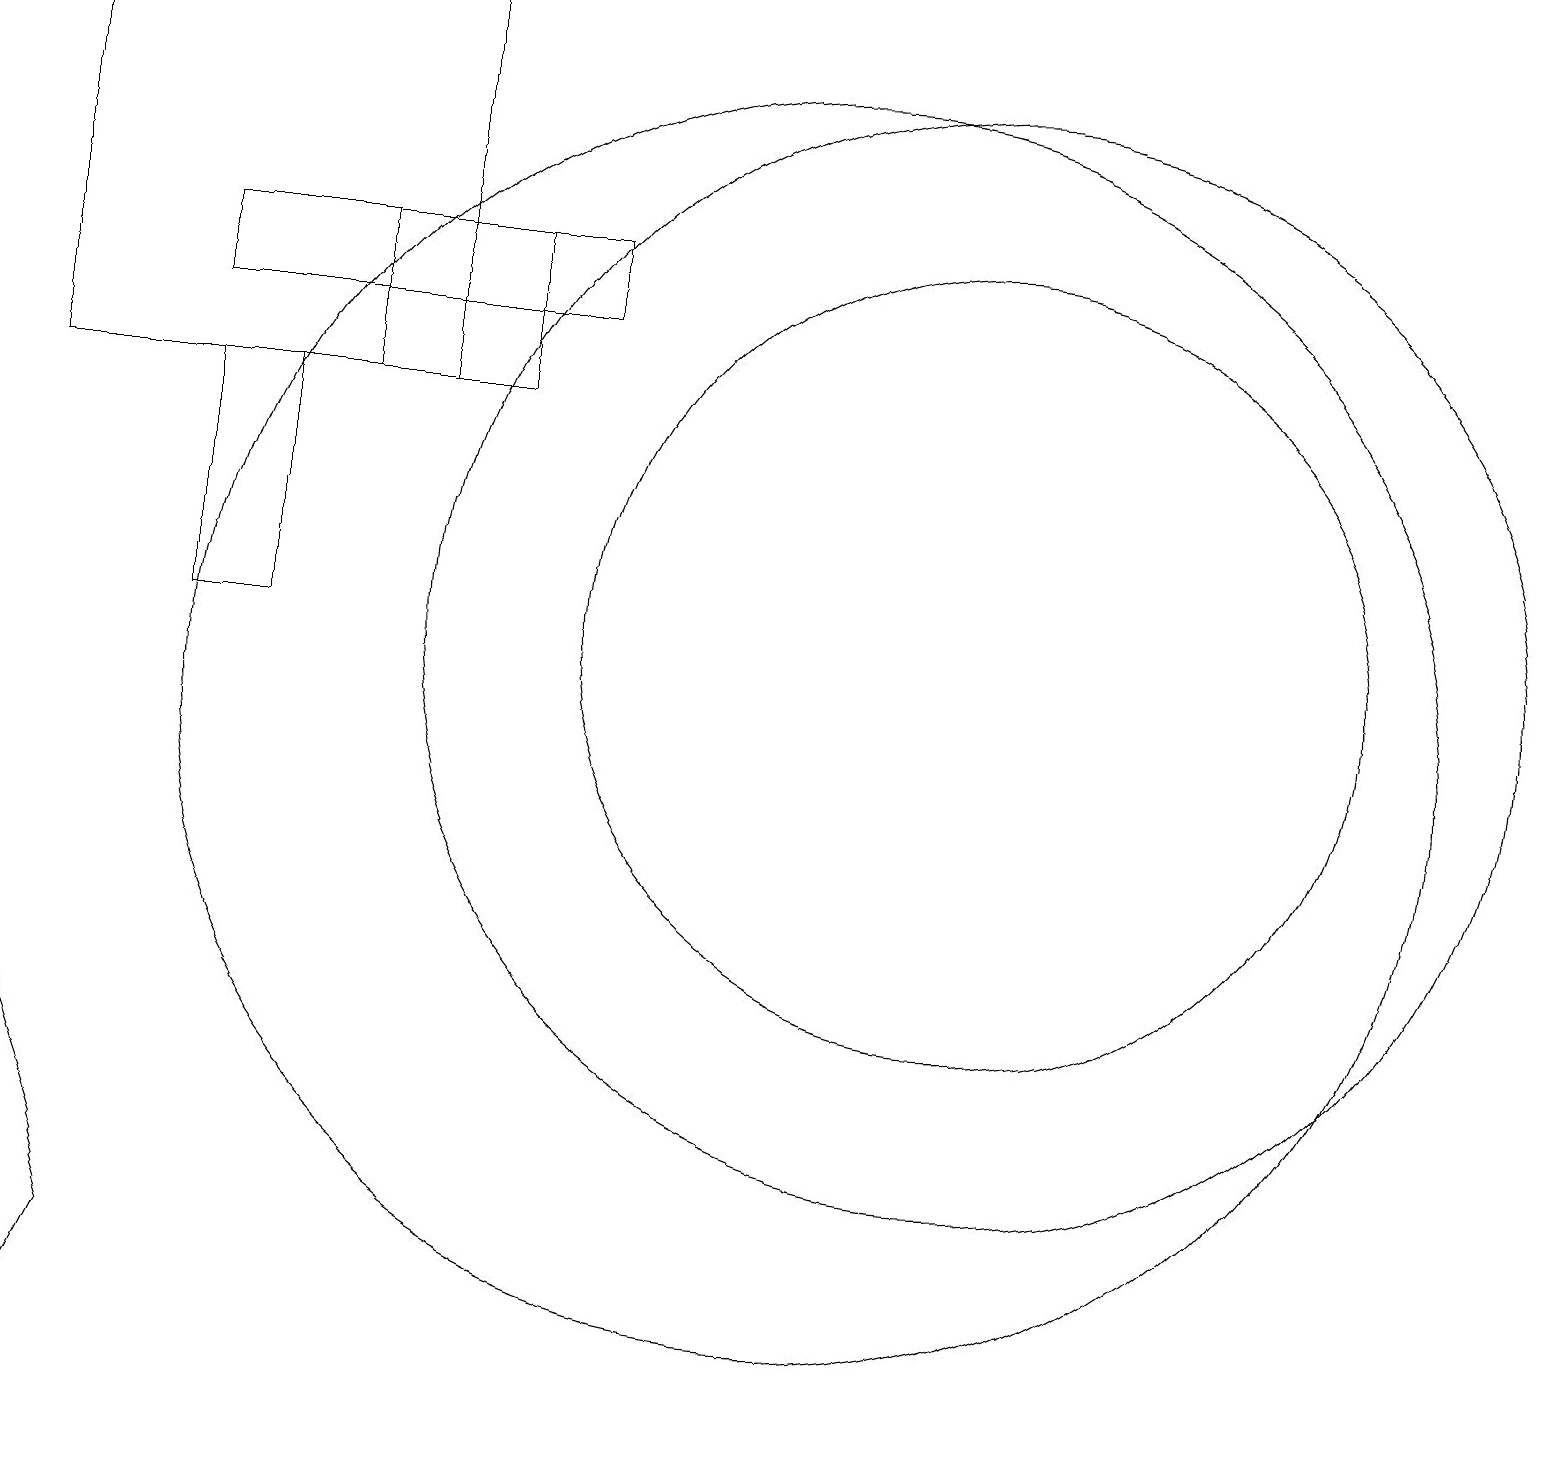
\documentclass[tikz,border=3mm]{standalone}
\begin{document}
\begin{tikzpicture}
\draw (2,16) rectangle (7,15);
\draw (12,11) circle (5);
\draw (5,19) rectangle (0,14);
\draw (3,11) rectangle (2,14);
\draw (12,11) circle (7);
\draw (1,3) -- (0,1) -- (0,6) -- cycle;
\draw (10,10) circle (8);
\draw (6,16) rectangle (4,14);
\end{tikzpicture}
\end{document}